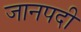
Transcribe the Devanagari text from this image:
जानपदी